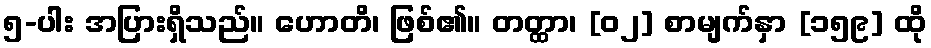
၅-ပါး အပြားရှိသည်။ ဟောတိ၊ ဖြစ်၏။ တတ္ထာ၊ [၀၂] စာမျက်နှာ [၁၅၉] ထို